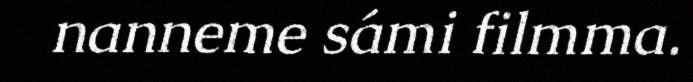
nanneme sámi filmma.